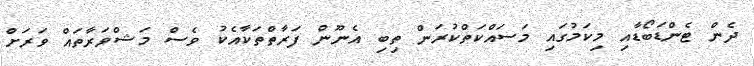
ދެން ޓެންޑަބޯޑާއި މިކަމުގައި މަސައްކަތްކުރަން ތިބި އެނޫން ފަރާތްތަކާއެކު ވެސް މަޝްވަރާތައް ވަރަށް